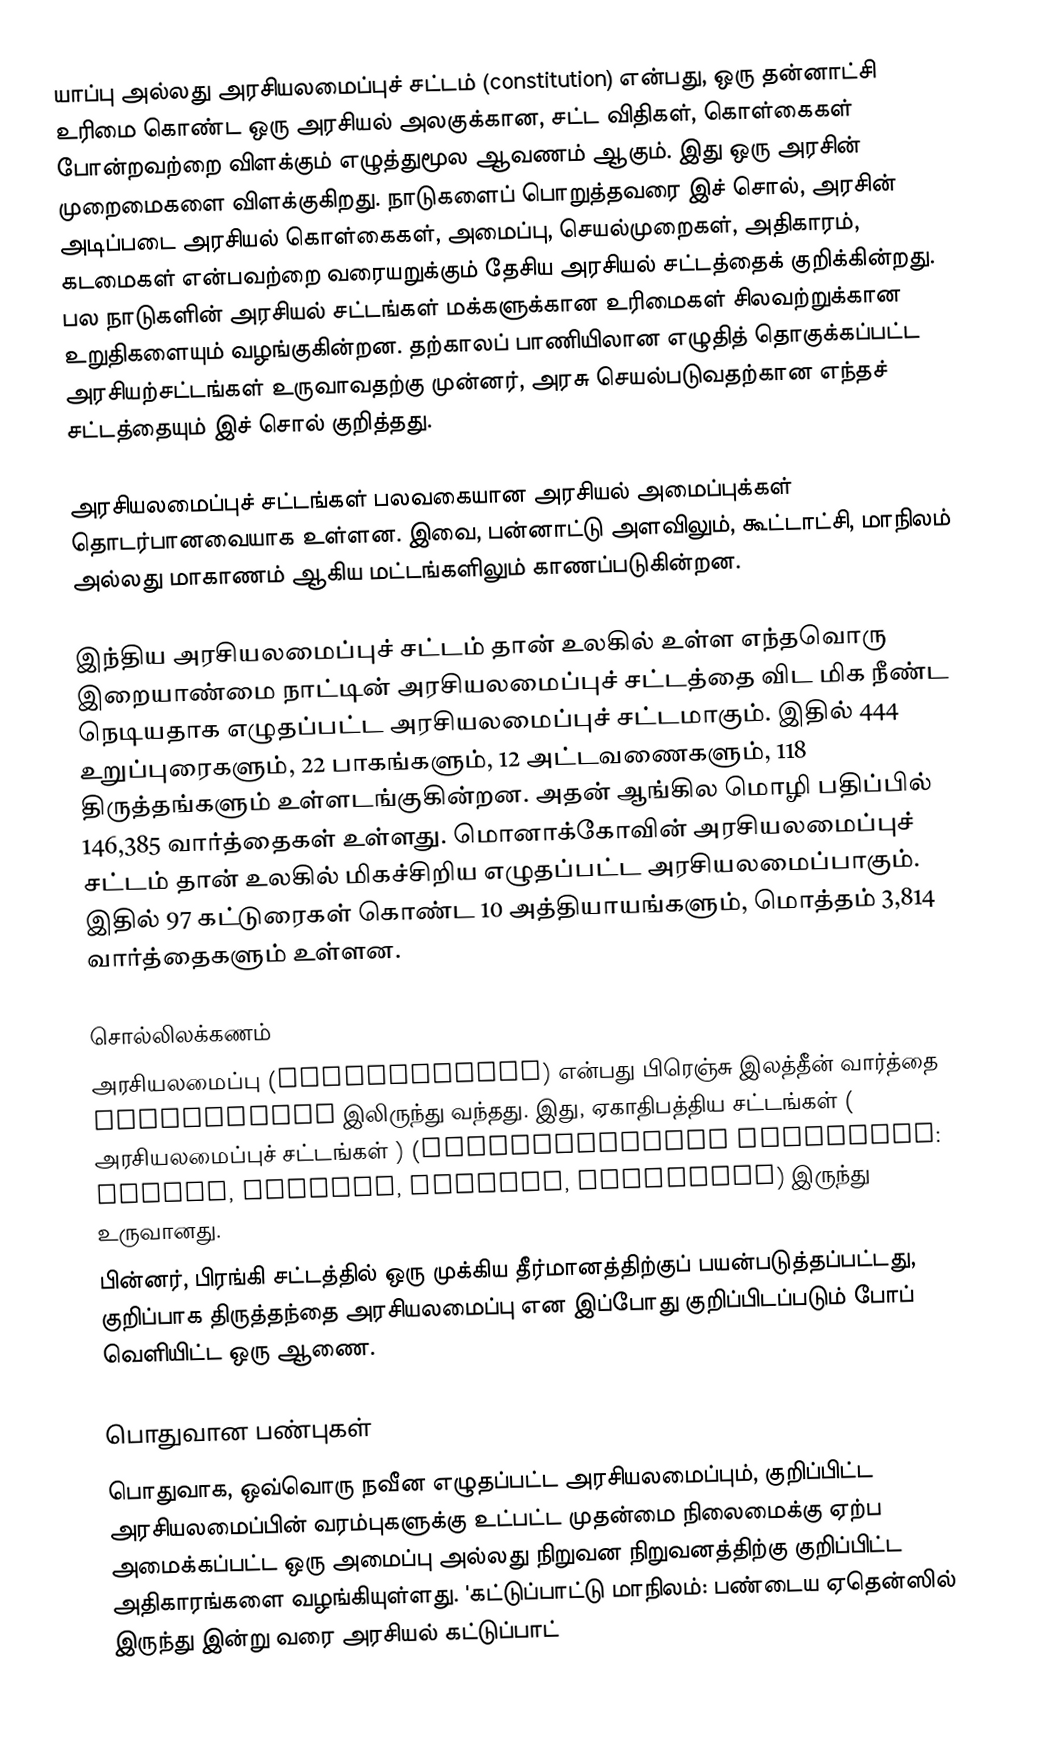
யாப்பு அல்லது அரசியலமைப்புச் சட்டம் (constitution) என்பது, ஒரு தன்னாட்சி உரிமை கொண்ட ஒரு அரசியல் அலகுக்கான, சட்ட விதிகள், கொள்கைகள் போன்றவற்றை விளக்கும் எழுத்துமூல ஆவணம் ஆகும். இது ஒரு அரசின் முறைமைகளை விளக்குகிறது. நாடுகளைப் பொறுத்தவரை இச் சொல், அரசின் அடிப்படை அரசியல் கொள்கைகள், அமைப்பு, செயல்முறைகள், அதிகாரம், கடமைகள் என்பவற்றை வரையறுக்கும் தேசிய அரசியல் சட்டத்தைக் குறிக்கின்றது. பல நாடுகளின் அரசியல் சட்டங்கள் மக்களுக்கான உரிமைகள் சிலவற்றுக்கான உறுதிகளையும் வழங்குகின்றன. தற்காலப் பாணியிலான எழுதித் தொகுக்கப்பட்ட அரசியற்சட்டங்கள் உருவாவதற்கு முன்னர், அரசு செயல்படுவதற்கான எந்தச் சட்டத்தையும் இச் சொல் குறித்தது.

அரசியலமைப்புச் சட்டங்கள் பலவகையான அரசியல் அமைப்புக்கள் தொடர்பானவையாக உள்ளன. இவை, பன்னாட்டு அளவிலும், கூட்டாட்சி, மாநிலம் அல்லது மாகாணம் ஆகிய மட்டங்களிலும் காணப்படுகின்றன.

இந்திய அரசியலமைப்புச் சட்டம் தான் உலகில் உள்ள எந்தவொரு  இறையாண்மை நாட்டின் அரசியலமைப்புச் சட்டத்தை விட மிக  நீண்ட நெடியதாக எழுதப்பட்ட அரசியலமைப்புச் சட்டமாகும். இதில்  444 உறுப்புரைகளும், 22 பாகங்களும், 12 அட்டவணைகளும், 118 திருத்தங்களும் உள்ளடங்குகின்றன. அதன் ஆங்கில மொழி பதிப்பில் 146,385 வார்த்தைகள்  உள்ளது. மொனாக்கோவின் அரசியலமைப்புச் சட்டம் தான் உலகில் மிகச்சிறிய எழுதப்பட்ட அரசியலமைப்பாகும். இதில்  97 கட்டுரைகள் கொண்ட 10 அத்தியாயங்களும், மொத்தம் 3,814 வார்த்தைகளும் உள்ளன.

சொல்லிலக்கணம்
 அரசியலமைப்பு  (constitution) என்பது பிரெஞ்சு இலத்தீன் வார்த்தை  constitutio  இலிருந்து வந்தது. இது, ஏகாதிபத்திய சட்டங்கள் ( அரசியலமைப்புச் சட்டங்கள் ) (constitutiones principis: edicta, mandata, decreta, rescripta) இருந்து உருவானது.
பின்னர், பிரங்கி சட்டத்தில் ஒரு முக்கிய தீர்மானத்திற்குப் பயன்படுத்தப்பட்டது, குறிப்பாக திருத்தந்தை அரசியலமைப்பு என இப்போது குறிப்பிடப்படும் போப் வெளியிட்ட ஒரு ஆணை.

பொதுவான பண்புகள்
பொதுவாக, ஒவ்வொரு நவீன எழுதப்பட்ட அரசியலமைப்பும், குறிப்பிட்ட அரசியலமைப்பின் வரம்புகளுக்கு உட்பட்ட முதன்மை நிலைமைக்கு ஏற்ப அமைக்கப்பட்ட ஒரு அமைப்பு அல்லது நிறுவன நிறுவனத்திற்கு குறிப்பிட்ட அதிகாரங்களை வழங்கியுள்ளது. 'கட்டுப்பாட்டு மாநிலம்: பண்டைய ஏதென்ஸில் இருந்து இன்று வரை அரசியல் கட்டுப்பாட்